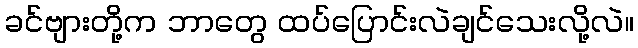
ခင်ဗျားတို့က ဘာတွေ ထပ်ပြောင်းလဲချင်သေးလို့လဲ။